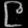
Digit: ၉